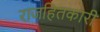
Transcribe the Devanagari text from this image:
राजहितकारी